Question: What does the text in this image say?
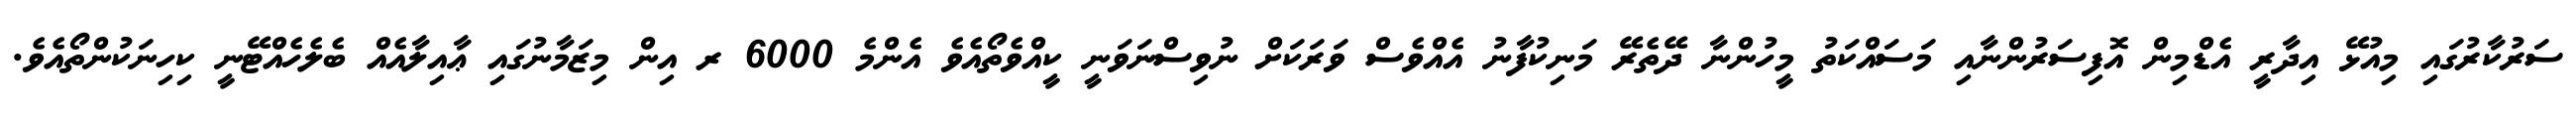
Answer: ސަރުކާރުގައި މިއުޅޭ އިދާރީ އެޑްމިން އޮފިސަރުންނާއި މަސައްކަތު މީހުންނާ ދޭތެރޭ މަނިކުފާނު އެއްވެސް ވަރަކަށް ނުވިސްނަވަނީ ކީއްވެތޯއެވެ އެންމެ 6000 ރ އިން މިޒަމާނުގައި ޢާއިލާއެއް ބެލެހެއްޓޭނީ ކިހިނަކުންތޯއެވެ.